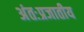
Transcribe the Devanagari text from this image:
अंतःप्रजातीय